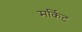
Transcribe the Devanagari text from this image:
मर्किट